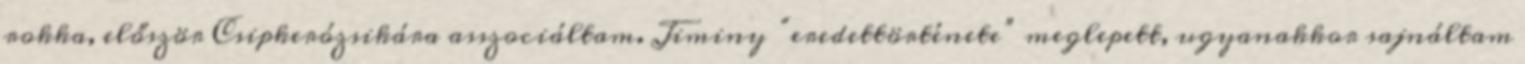
rokka, először Csipkerózsikára asszociáltam. Jiminy “eredettörténete” meglepett, ugyanakkor sajnáltam